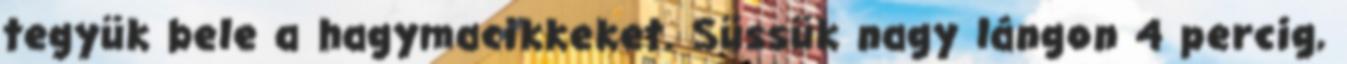
tegyük bele a hagymacikkeket. Süssük nagy lángon 4 percig,